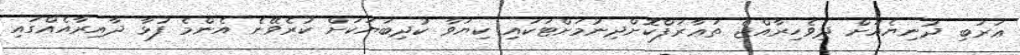
ޢަރަބި ދުނިޔެއަށް ދިވެހިރާއްޖެ ތަޢާރަފްކޮށްދިނުމަށްޓަކައި ކިޔަވާ ކުދިބަޔަކަށް ކުރެވޭނެ އެންމެ ފުޅާ ދާއިރާއެއްގައި